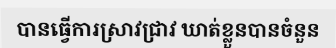
បានធ្វើការស្រាវជ្រាវ ឃាត់ខ្លួនបានចំនួន